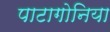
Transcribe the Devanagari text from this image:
पाटागोनिया